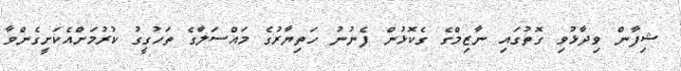
ޝިފާން ވިދާޅުވި ގޮތުގައި ނާޒިމްގެ ގެކޮޅުން ފެނުނު ހަތިޔާރުގެ މައްސަލާގެ ތަހުގީގު ކުރުމަށްއެކަށީގެންވާ